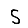
Digit: 5